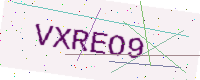
Text: VXREO9